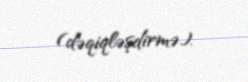
(dəqiqləşdirmə).